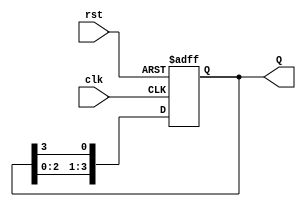
module ring_counter (
    input wire clk,              // Clock signal
    input wire rst,              // Asynchronous reset signal
    output reg [N-1:0] Q         // Output for the ring counter
);

parameter N = 4;                // Number of flip-flops in the ring counter

// Always block for the ring counter functionality
always @(posedge clk or posedge rst) begin
    if (rst) begin
        // Asynchronous reset: set the first flip-flop to '1' and others to '0'
        Q <= 1'b1;               // Initial state: 0001
    end else begin
        // Shift the '1' around the ring
        Q <= {Q[N-2:0], Q[N-1]}; // Shift left and wrap around
        Q[0] <= Q[N-1];          // Feedback from the last flip-flop to the first
    end
end

endmodule